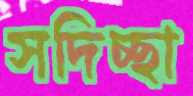
সদিচ্ছা